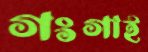
গংগাই